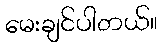
မေးချင်ပါတယ်။